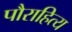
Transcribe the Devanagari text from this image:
पौराहित्य